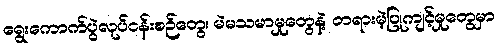
ရွေးကောက်ပွဲလုပ်ငန်းစဉ်တွေ၊ မဲမသမာမှုတွေနဲ့ တရားမဲ့ပြုကျင့်မှုတွေမှာ